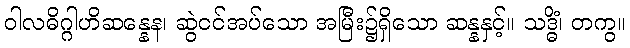
ဝါလဓိဂ္ဂါဟိဆန္နေန၊ ဆွဲငင်အပ်သော အမြီး၌ရှိသော ဆန္နနှင့်။ သဒ္ဓိံ၊ တကွ။